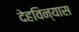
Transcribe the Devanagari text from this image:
देहविन्यास